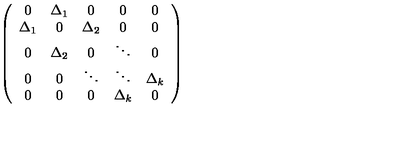
\left( \begin{array} { c c c c c } { 0 } & { \Delta _ { 1 } } & { 0 } & { 0 } & { 0 } \\ { \Delta _ { 1 } } & { 0 } & { \Delta _ { 2 } } & { 0 } & { 0 } \\ { 0 } & { \Delta _ { 2 } } & { 0 } & { \ddots } & { 0 } \\ { 0 } & { 0 } & { \ddots } & { \ddots } & { \Delta _ { k } } \\ { 0 } & { 0 } & { 0 } & { \Delta _ { k } } & { 0 } \\ \end{array} \right)